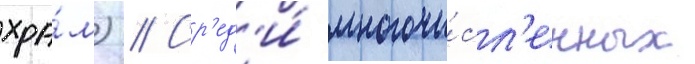
хра́м) // Ср'ед'и́ многочи́сл'енных